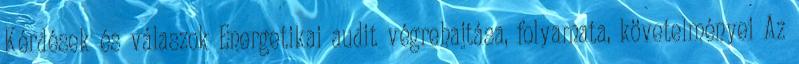
Kérdések és válaszok Energetikai audit végrehajtása, folyamata, követelményei Az